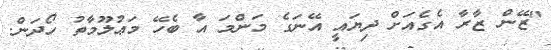
"ޒޭން ޒާރާ އެގެއަށް ދިޔައީ އޭނަގެ މަންމަ އާ ބެހޭ މަޢުލޫމާތު ހޯދަން.